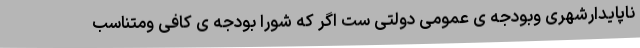
ناپایدارشهری وبودجه ی عمومی دولتی ست اگر که شورا بودجه ی کافی ومتناسب